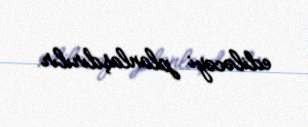
ediləcəyi planlaşdırılır.